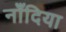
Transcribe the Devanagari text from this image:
नाँदिया